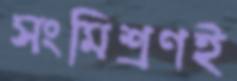
সংমিশ্রণই